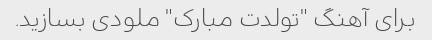
برای آهنگ "تولدت مبارک" ملودی بسازید.